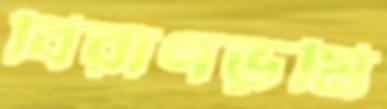
বিরাণভূমি